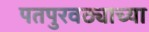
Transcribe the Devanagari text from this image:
पतपुरवठ्याच्या